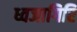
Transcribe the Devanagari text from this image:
ध्वजागिरि